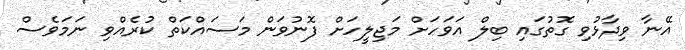
އޭނާ ވިދާޅުވި ގޮތުގައި ބިލް އަވަހަށް މަޖިލީހަށް ފޮނުވަން މަސައްކަތް ކުރެއްވި ނަމަވެސް